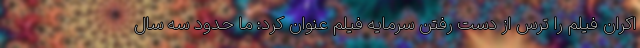
اکران فیلم را ترس از دست رفتن سرمایه فیلم عنوان کرد: ما حدود سه سال